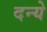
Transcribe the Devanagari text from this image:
दन्ये